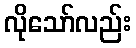
လိုသော်လည်း